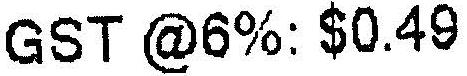
GST @6%: $0.49